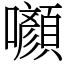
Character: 㘖